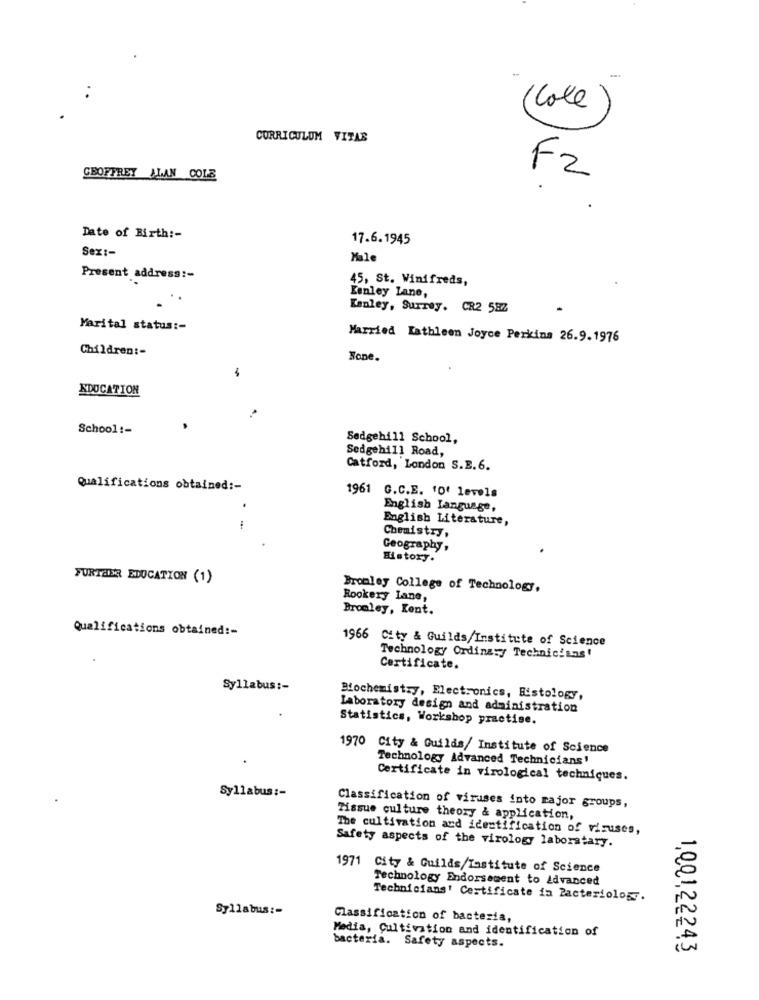
-
( Cole
CURRICULUM VITAE
GEOFFREY ALAN COLE
F2
Date of Birth :-
17.6.1945
Sex :-
Male
Present address :-
45, St. Winifreds,
Kenley Lane,
Kanley, Surrey. CR2 582
Marital status :-
Married Kathleen Joyce Perkins 26.9.1976
Children :-
Bone
EDUCATION
School :-
Sedgehill School,
Sedgehill Road,
Catford, London S.E.6.
Qualifications obtained :-
1961 G.C.E. "O' levels
.
English Language,
English Literature,
-
Chemistry,
Geography,
History.
FURTHER EDUCATION (1)
Bromley College of Technology,
Rookery Lane,
Bromley, Kent.
Qualifications obtained :-
1966 City & Guilds/Institute of Science
Technology Ording:y Technicians'
Certificate.
Syllabus :-
Biochemistry, Electronics, Histology,
Laboratory design and administration
Statistics, Workshop practise.
1970 City & Guilds/ Institute of Science
Technology Advanced Technicians'
Certificate in virological techniques.
Syllabus :-
Classification of viruses into major groups,
Tissue culture theory & application,
The cultivation and identification of viruses,
Safety aspects of the virology laboratary.
1971 City & Guilds/Tastitute of Science
Technology Endorsement to Advanced
Technicians' Certificate in Bacteriology.
Syllabus :-
Classification of bacteria,
Media, Cultivation and identification of
bacteria. Safety aspects.
1,001,22243